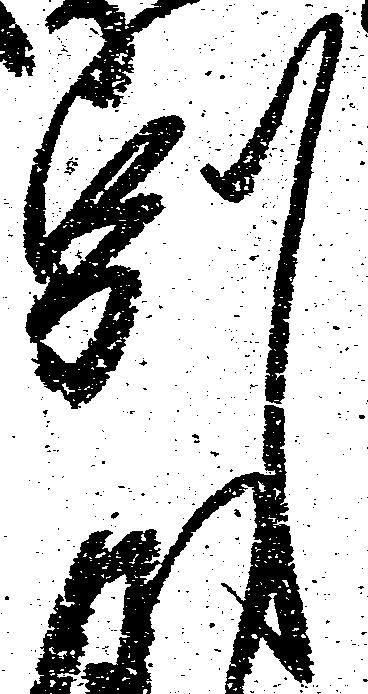
別